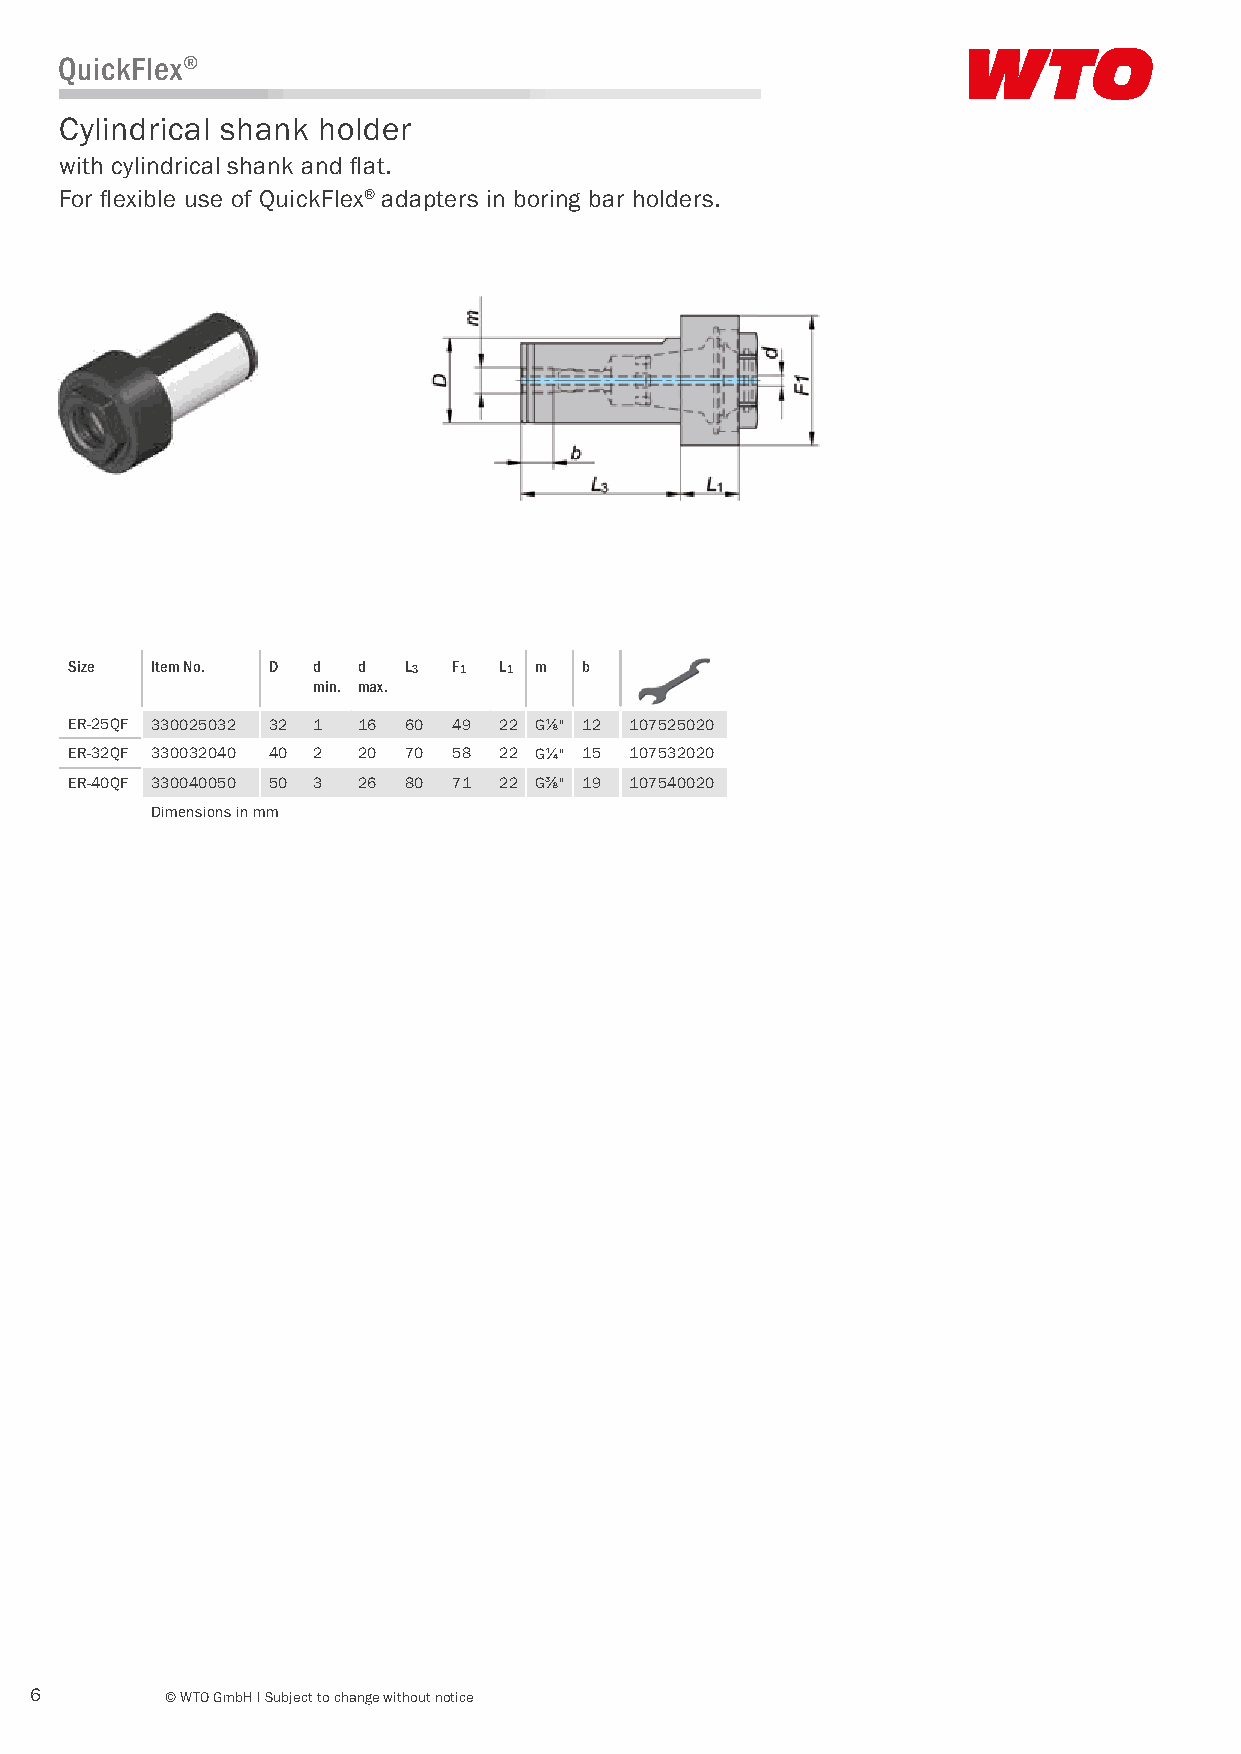
QuickFlex®
 Cylindrical shank holder
 with cylindrical shank and flat.
 For flexible use of QuickFlex® adapters in boring bar holders.
 Size  Item No. D d  d  L3 F1 L1 m  b
 min. max.
 ER-25QF 330025032 32 1 16 60 49 22 G⅛" 12 107525020
 ER-32QF 330032040 40 2 20 70 58 22 G¼" 15 107532020
 ER-40QF 330040050 50 3 26 80 71 22 G⅜" 19 107540020
 Dimensions in mm
 6        © WTO GmbH I Subject to change without notice